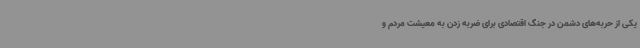
یکی از حربه‌های دشمن در جنگ اقتصادی برای ضربه زدن به معیشت مردم و